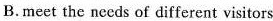
B.meet the needs of different visitors